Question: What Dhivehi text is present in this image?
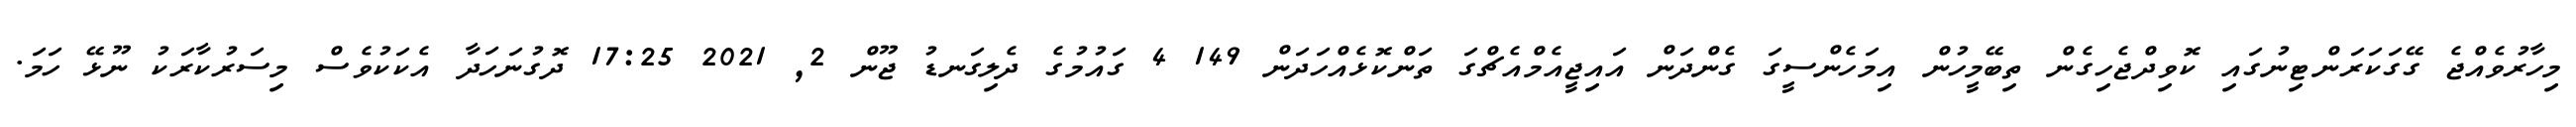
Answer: މިހާރުވެއްޖެ ގޭގަކަރަންޓިނުގައި ކޮވިދްޖެހިގެން ތިބޭމީހުން އިމަހެންސީގަ ގެންދަން އައިޖީއެމްއެޗްގަ ތަންކޮޅެއްހަދަން 149 4 ގައުމުގެ ދެލިގަނޑު ޖޫން 2, 2021 17:25 ދޮގުނަހަދާ އެކަކުވެސް މިސަރުކާރަކު ނޫޅޭ ހަމަ.